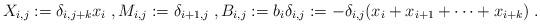
LaTeX: \begin{align*} X_{i,j}:=\delta_{i,j+k}x_i\;,M_{i,j}:=\delta_{i+1,j}\;, B_{i,j}:=b_i\delta_{i,j}:=-\delta_{i,j}(x_i+x_{i+1}+\cdots+x_{i+k})\;.\end{align*}